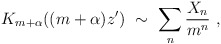
\begin{align*}K_{m+\alpha}((m+\alpha)z')\ \sim\ \sum_n \frac{X_n}{m^n}\ ,\end{align*}